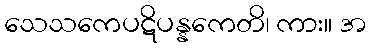
သေသကေပဋိပန္နကေတိ၊ ကား။ အ